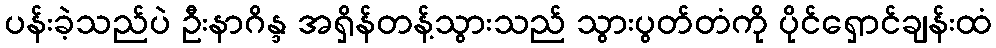
ပန်းခဲ့သည်ပဲ ဦးနာဂိန္ဒ အရှိန်တန့်သွားသည် သွားပွတ်တံကို ပိုင်ရှောင်ချန်းထံ